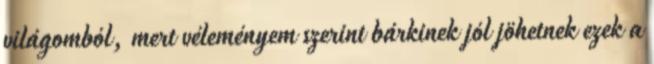
világomból, mert véleményem szerint bárkinek jól jöhetnek ezek a